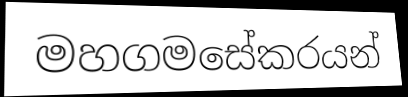
මහගමසේකරයන්